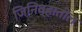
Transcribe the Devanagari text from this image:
जिनिव्हातील